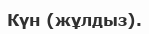
Күн (жұлдыз).